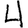
Digit: 4